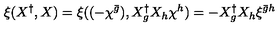
\xi ( X ^ { \dag } , X ) = \xi ( ( - \chi ^ { \bar { g } } ) , X _ { g } ^ { \dag } X _ { h } \chi ^ { h } ) = - X _ { g } ^ { \dag } X _ { h } \xi ^ { { \bar { g } } h }